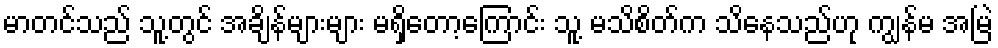
မာတင်သည် သူ့တွင် အချိန်များများ မရှိတော့ကြောင်း သူ့ မသိစိတ်က သိနေသည်ဟု ကျွန်မ အမြဲ